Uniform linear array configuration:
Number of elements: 24
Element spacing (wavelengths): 0.75
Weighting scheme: hamming
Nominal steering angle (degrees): -45
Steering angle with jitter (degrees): -43.747
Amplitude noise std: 0.05
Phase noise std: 0.05

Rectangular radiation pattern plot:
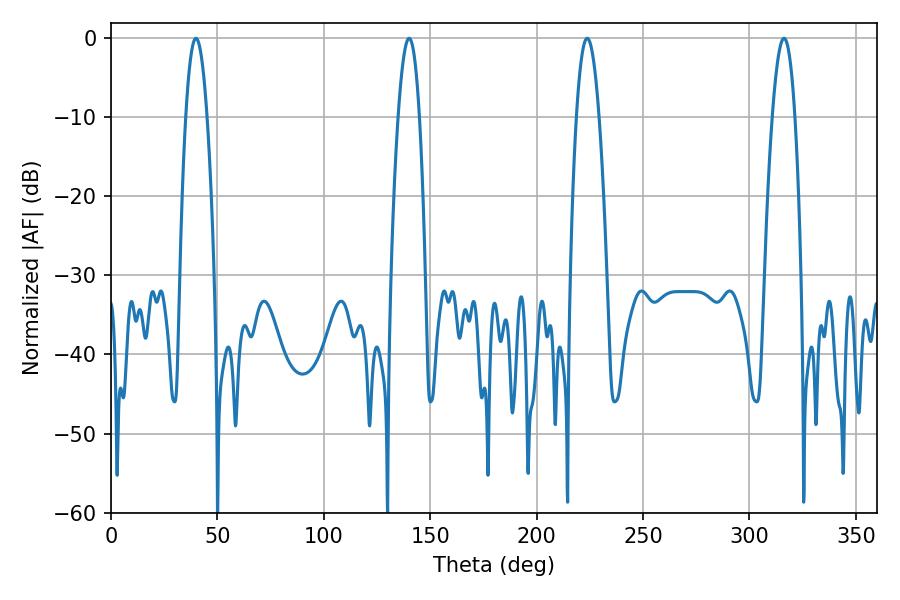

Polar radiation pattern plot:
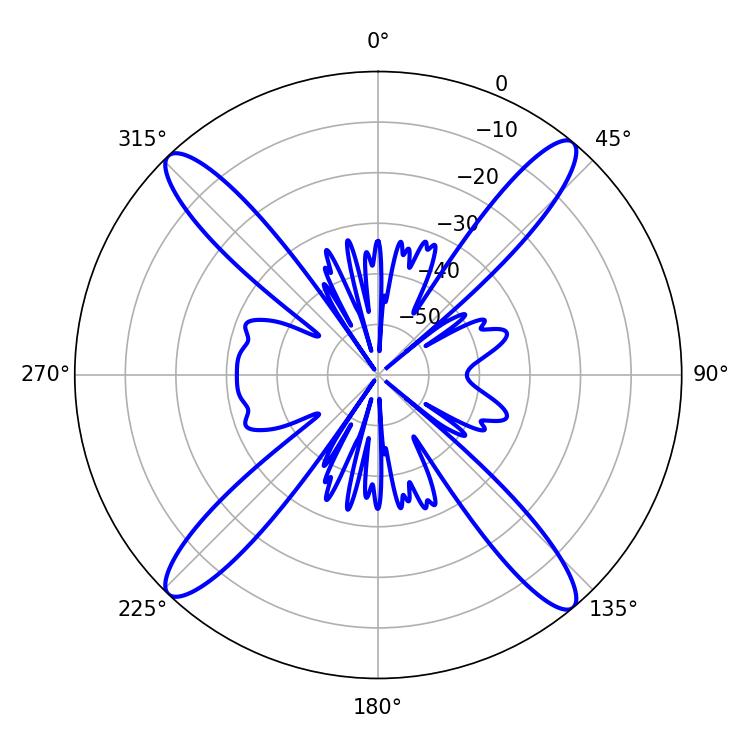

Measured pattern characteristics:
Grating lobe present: TRUE
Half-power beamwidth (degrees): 5.94
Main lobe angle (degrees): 223.74